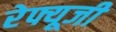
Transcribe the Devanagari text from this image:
रेफ्यूजी